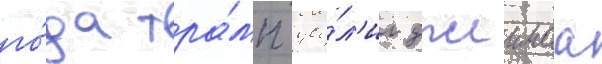
го́да тра́мп уво́л'ил джеимса